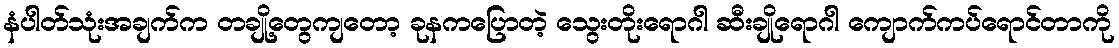
နံပါတ်သုံးအချက်က တချို့တွေကျတော့ ခုနကပြောတဲ့ သွေးတိုးရောဂါ ဆီးချိုရောဂါ ကျောက်ကပ်ရောင်တာကို